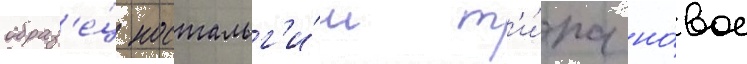
образ'е́ц ностальг'и́и т'и́па но́вое